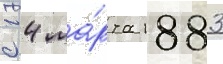
с 14 ма́рта 1883